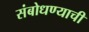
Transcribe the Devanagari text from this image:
संबोधण्याची